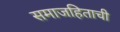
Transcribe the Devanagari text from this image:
समाजहिताची